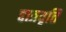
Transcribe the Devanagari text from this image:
द्दात्रवृत्ति